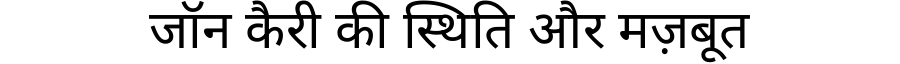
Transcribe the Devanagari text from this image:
जॉन कैरी की स्थिति और मज़बूत